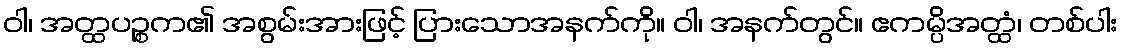
ဝါ၊ အတ္ထပဉ္စက၏ အစွမ်းအားဖြင့် ပြားသောအနက်ကို။ ဝါ၊ အနက်တွင်။ ဧကမ္ပိအတ္ထံ၊ တစ်ပါး